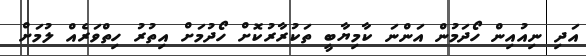
އަދި ނިއުއިން ހޯދަމުން އަންނަ ކާމިޔާބީ ތަކުރާރުކޮށް ހޯދުމަށް އިތުރު ހިތްވަރެއް ލުމަށް